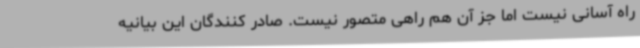
راه آسانی نیست اما جز آن هم راهی متصور نیست. صادر کنندگان این بیانیه